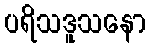
ပရိသဒူသနော